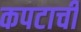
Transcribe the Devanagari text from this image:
कपटाची